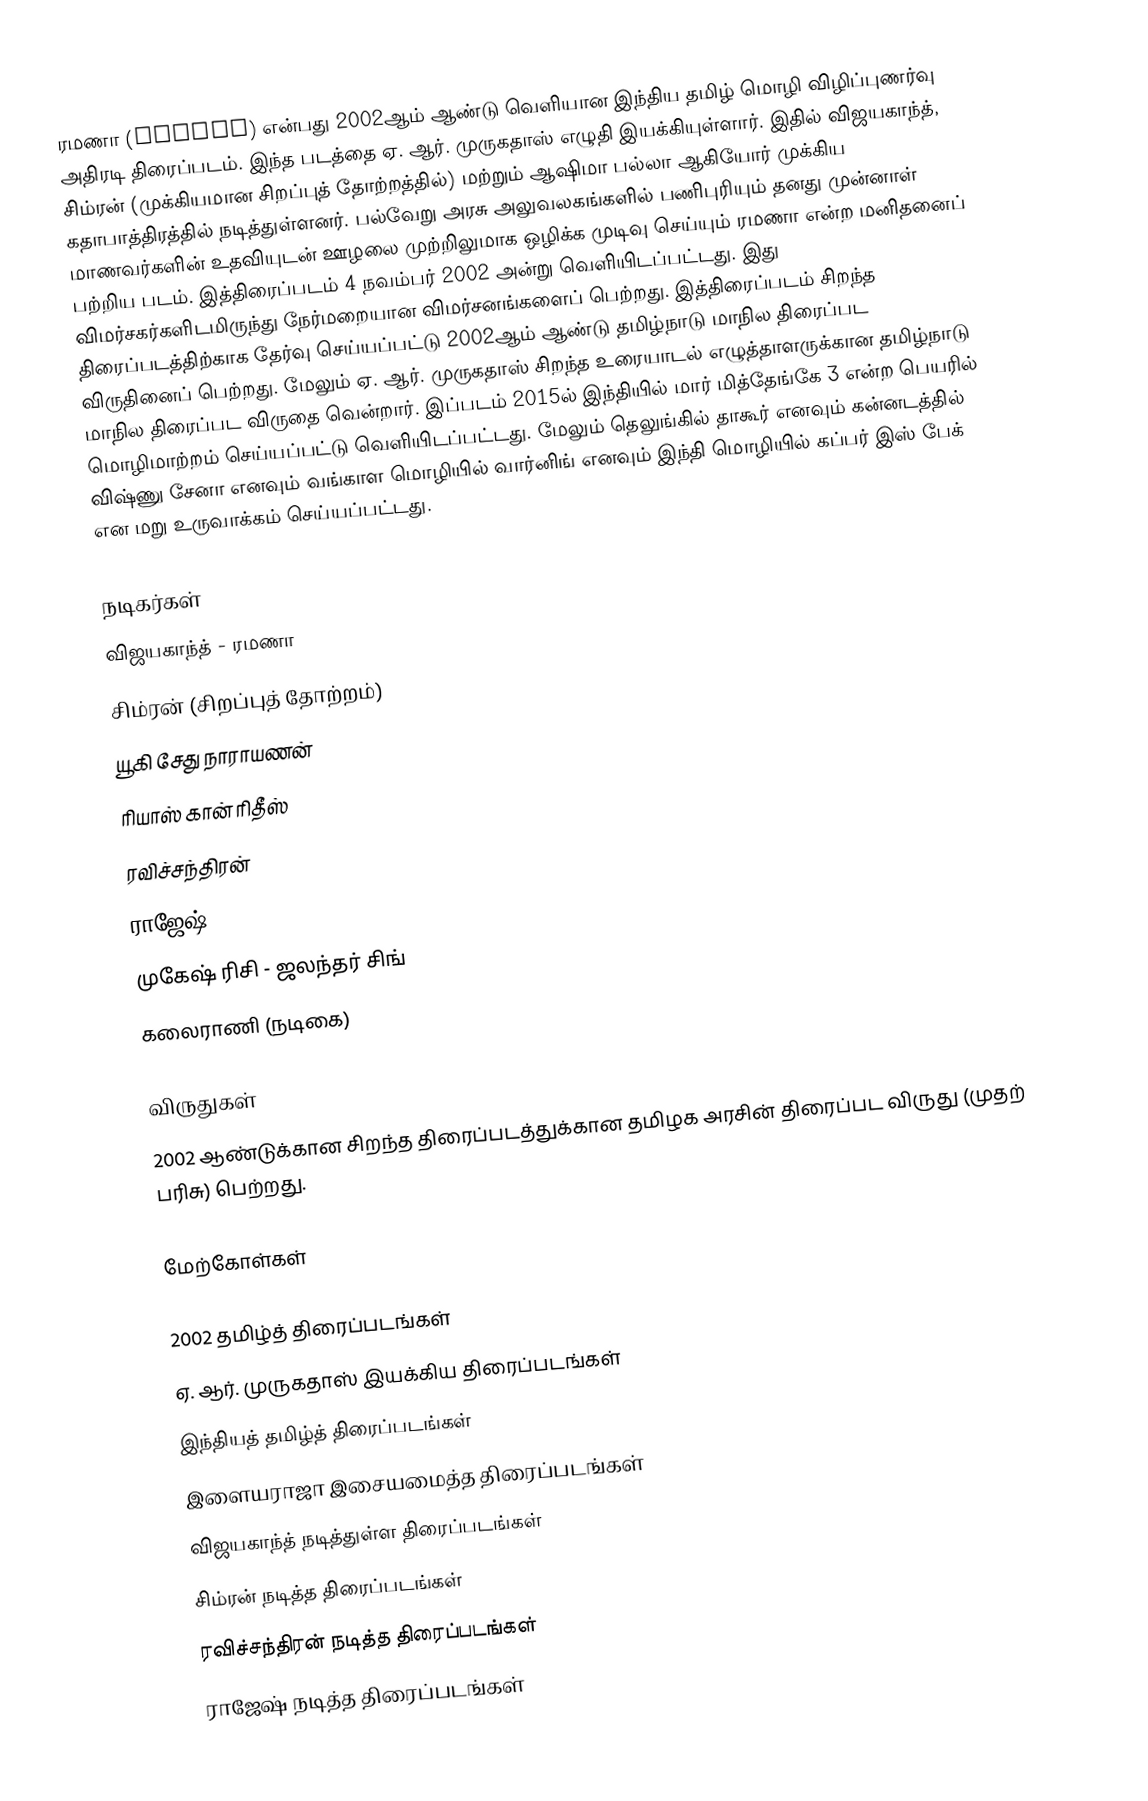
ரமணா (Ramana) என்பது 2002ஆம் ஆண்டு வெளியான இந்திய தமிழ் மொழி விழிப்புணர்வு அதிரடி திரைப்படம். இந்த படத்தை ஏ. ஆர். முருகதாஸ் எழுதி இயக்கியுள்ளார். இதில் விஜயகாந்த், சிம்ரன் (முக்கியமான சிறப்புத் தோற்றத்தில்) மற்றும் ஆஷிமா பல்லா ஆகியோர் முக்கிய கதாபாத்திரத்தில் நடித்துள்ளனர். பல்வேறு அரசு அலுவலகங்களில் பணிபுரியும் தனது முன்னாள் மாணவர்களின் உதவியுடன் ஊழலை முற்றிலுமாக ஒழிக்க முடிவு செய்யும் ரமணா என்ற மனிதனைப் பற்றிய படம். இத்திரைப்படம் 4 நவம்பர் 2002 அன்று வெளியிடப்பட்டது. இது விமர்சகர்களிடமிருந்து நேர்மறையான விமர்சனங்களைப் பெற்றது. இத்திரைப்படம் சிறந்த திரைப்படத்திற்காக தேர்வு செய்யப்பட்டு 2002ஆம் ஆண்டு தமிழ்நாடு மாநில திரைப்பட விருதினைப் பெற்றது. மேலும் ஏ. ஆர். முருகதாஸ் சிறந்த உரையாடல் எழுத்தாளருக்கான தமிழ்நாடு மாநில திரைப்பட விருதை வென்றார். இப்படம் 2015ல் இந்தியில் மார் மித்தேங்கே 3 என்ற பெயரில் மொழிமாற்றம் செய்யப்பட்டு வெளியிடப்பட்டது. மேலும் தெலுங்கில் தாகூர் எனவும் கன்னடத்தில் விஷ்ணு சேனா எனவும் வங்காள மொழியில் வார்னிங் எனவும் இந்தி மொழியில் கப்பர் இஸ் பேக் என மறு உருவாக்கம் செய்யப்பட்டது.

நடிகர்கள்
 விஜயகாந்த் - ரமணா
 சிம்ரன் (சிறப்புத் தோற்றம்)
 யூகி சேது நாராயணன்
 ரியாஸ் கான் ரிதீஸ்
 ரவிச்சந்திரன்
 ராஜேஷ்
 முகேஷ் ரிசி - ஜலந்தர் சிங்
 கலைராணி (நடிகை)

விருதுகள்
 2002 ஆண்டுக்கான சிறந்த திரைப்படத்துக்கான தமிழக அரசின் திரைப்பட விருது (முதற் பரிசு) பெற்றது.

மேற்கோள்கள்

2002 தமிழ்த் திரைப்படங்கள்
ஏ. ஆர். முருகதாஸ் இயக்கிய திரைப்படங்கள்
இந்தியத் தமிழ்த் திரைப்படங்கள்
இளையராஜா இசையமைத்த திரைப்படங்கள்
விஜயகாந்த் நடித்துள்ள திரைப்படங்கள்
சிம்ரன் நடித்த திரைப்படங்கள்
ரவிச்சந்திரன் நடித்த திரைப்படங்கள்
ராஜேஷ் நடித்த திரைப்படங்கள்